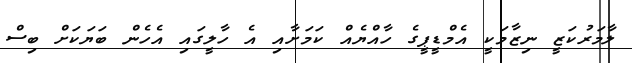
ލާމަރުކަޒީ ނިޒާމަކީ އެމްޑީޕީގެ ހާއްޔެއް ކަމަށާއި އެ ހާލީގައި އެހެން ބަޔަކަށް ބިސް